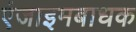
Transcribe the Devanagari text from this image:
एंजाइमबाधक